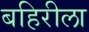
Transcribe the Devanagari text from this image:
बहिरीला